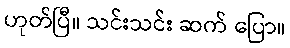
ဟုတ်ပြီ။ သင်းသင်း ဆက် ပြော။